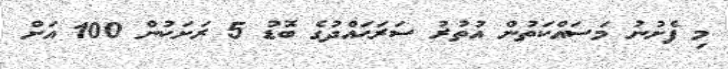
މި ފެށުނު މަސައްކަތުން އުތުރު ސަރަޙައްދުގެ ބޮޑު 5 ރަށަކުން 100 އަށް